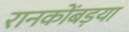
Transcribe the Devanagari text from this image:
रानकोंबड़या